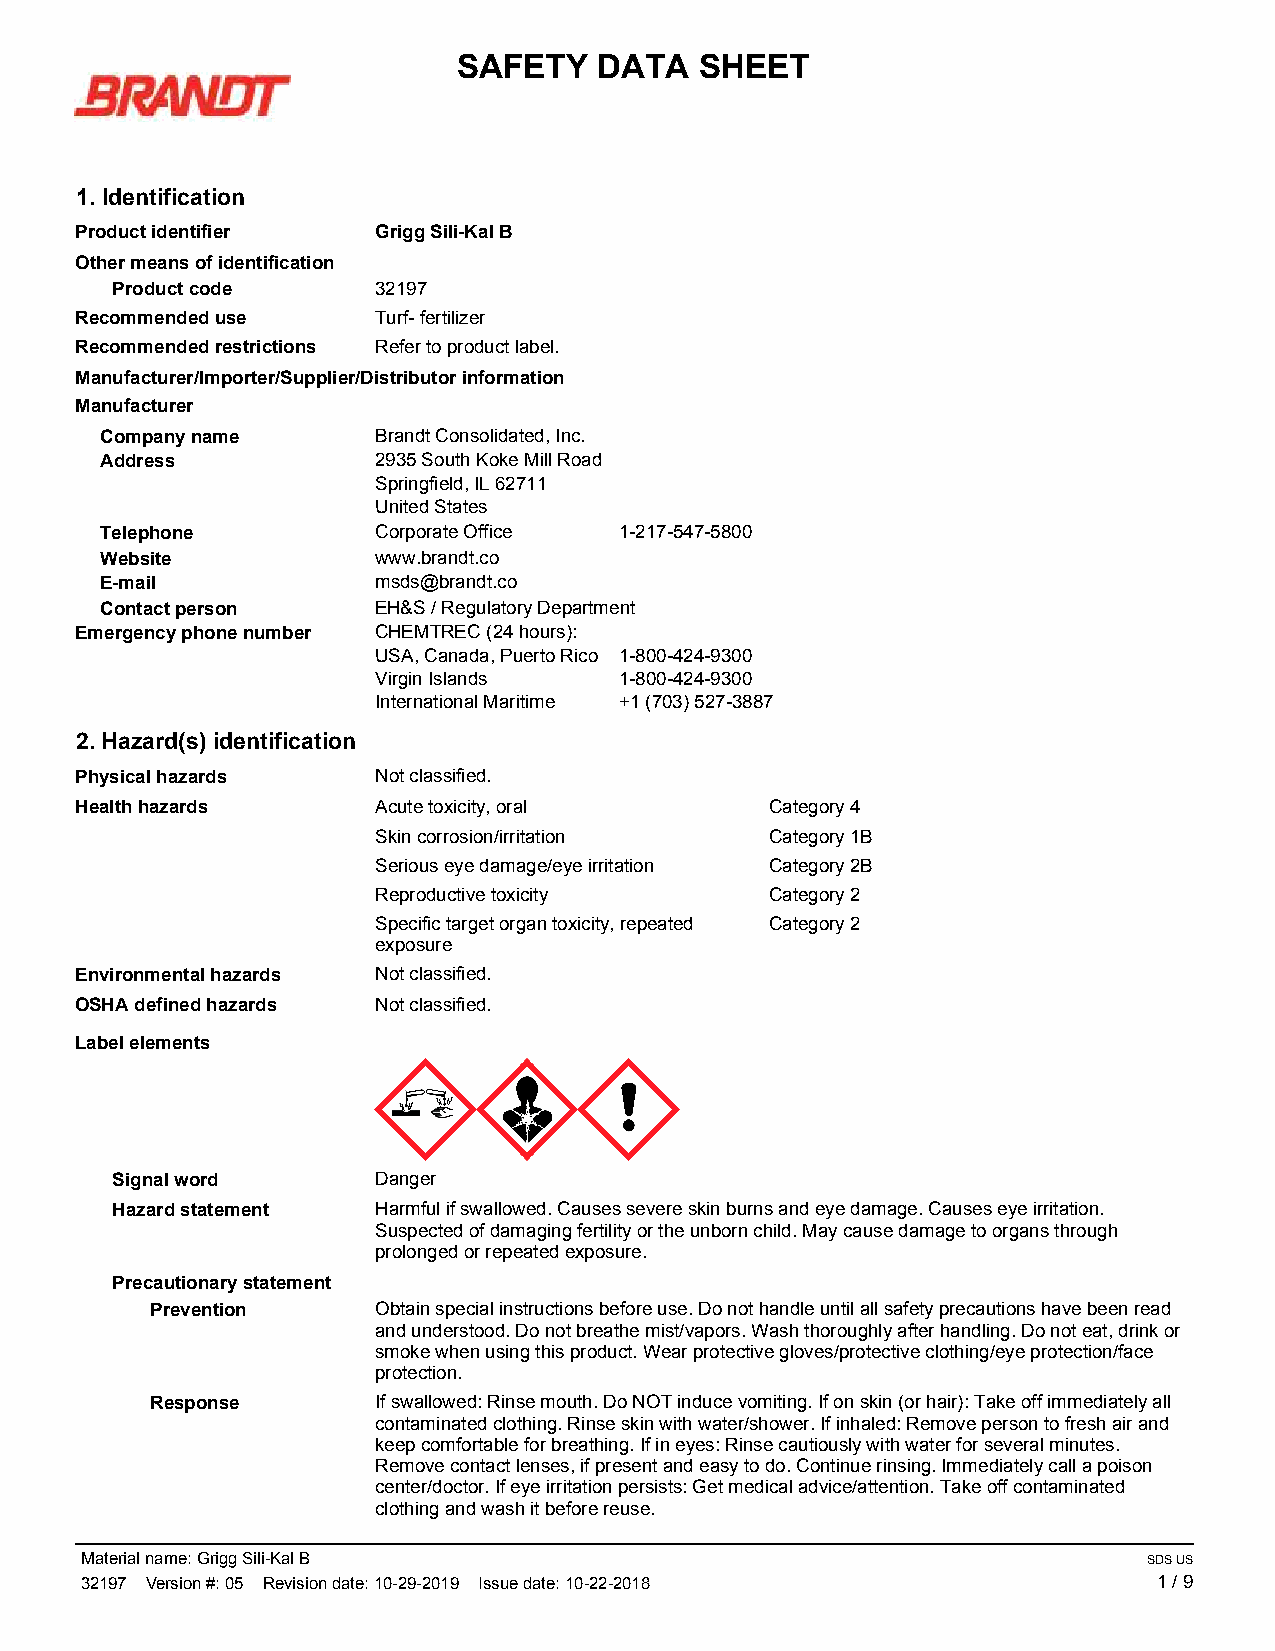
SAFETY    DATA  SHEET
 1. Identification
 Product identifier  Grigg Sili-Kal B
 Other means of identification
 Product code      32197
 Recommended use     Turf- fertilizer
 Recommended restrictions Refer to product label.
 Manufacturer/Importer/Supplier/Distributor information
 Manufacturer
 Company name      Brandt Consolidated, Inc.
 Address           2935 South Koke Mill Road
 Springfield, IL 62711
 United States
 Telephone         Corporate Office 1-217-547-5800
 Website           www.brandt.co
 E-mail            msds@brandt.co
 Contact person    EH&S / Regulatory Department
 Emergency phone number CHEMTREC (24 hours):
 USA, Canada, Puerto Rico 1-800-424-9300
 Virgin Islands  1-800-424-9300
 International Maritime +1 (703) 527-3887
 2. Hazard(s) identification
 Physical hazards    Not classified.
 Health hazards      Acute toxicity, oral      Category 4
 Skin corrosion/irritation Category 1B
 Serious eye damage/eye irritation Category 2B
 Reproductive toxicity     Category 2
 Specific target organ toxicity, repeated Category 2
 exposure
 Environmental hazards Not classified.
 OSHA defined hazards Not classified.
 Label elements
 Signal word       Danger
 Hazard statement  Harmful if swallowed. Causes severe skin burns and eye damage. Causes eye irritation.
 Suspected of damaging fertility or the unborn child. May cause damage to organs through
 prolonged or repeated exposure.
 Precautionary statement
 Prevention     Obtain special instructions before use. Do not handle until all safety precautions have been read
 and understood. Do not breathe mist/vapors. Wash thoroughly after handling. Do not eat, drink or
 smoke when using this product. Wear protective gloves/protective clothing/eye protection/face
 protection.
 Response       If swallowed: Rinse mouth. Do NOT induce vomiting. If on skin (or hair): Take off immediately all
 contaminated clothing. Rinse skin with water/shower. If inhaled: Remove person to fresh air and
 keep comfortable for breathing. If in eyes: Rinse cautiously with water for several minutes.
 Remove contact lenses, if present and easy to do. Continue rinsing. Immediately call a poison
 center/doctor. If eye irritation persists: Get medical advice/attention. Take off contaminated
 clothing and wash it before reuse.
 Material name: Grigg Sili-Kal B                                        SDS US
 32197 Version #: 05 Revision date: 10-29-2019 Issue date: 10-22-2018    1 / 9